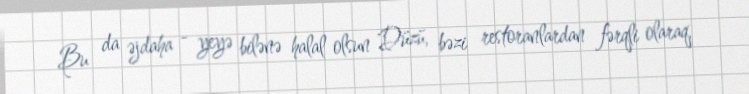
Bu da əjdaha - yeyə bilənə halal olsun Düzü, bəzi restoranlardan fərqli olaraq,